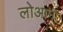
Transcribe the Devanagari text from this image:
लोआना